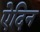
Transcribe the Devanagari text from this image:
ऐदिन